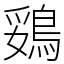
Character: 鵎